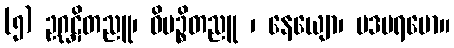
(၅) ဥဂ္ဃဋိတညူ၊ ဝိပဉ္စိတညူ ၊ နေယျော၊ ပဒပရမော။